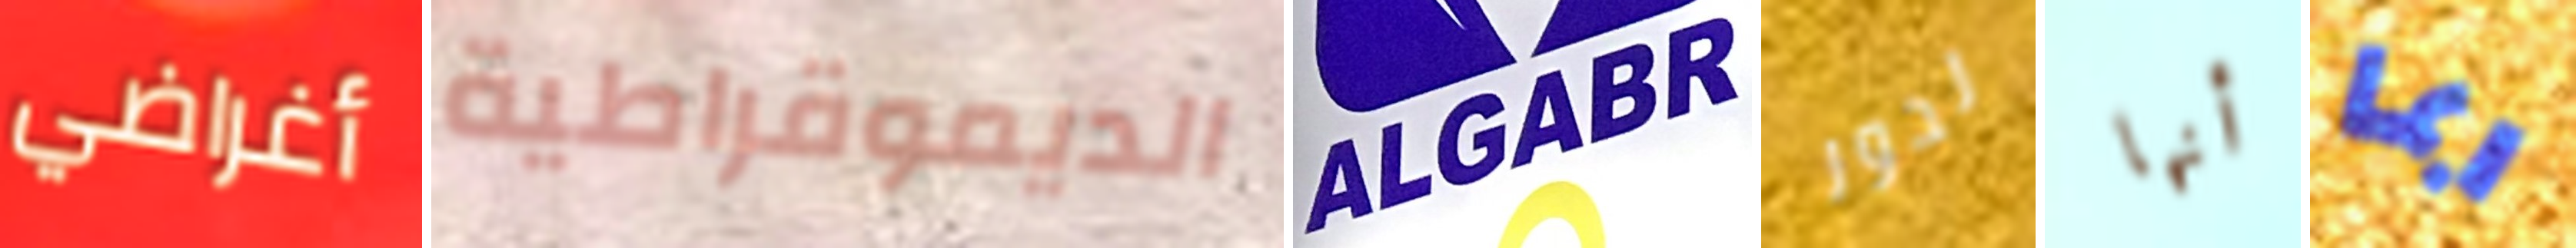
أغراضي الديموقراطية ALGABR لدور أنها ربما